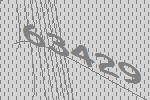
63429